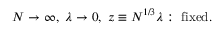
N \rightarrow \infty , \ \lambda \rightarrow 0 , \ z \equiv N ^ { 1 / 3 } \lambda : \ \mathrm { f i x e d } .